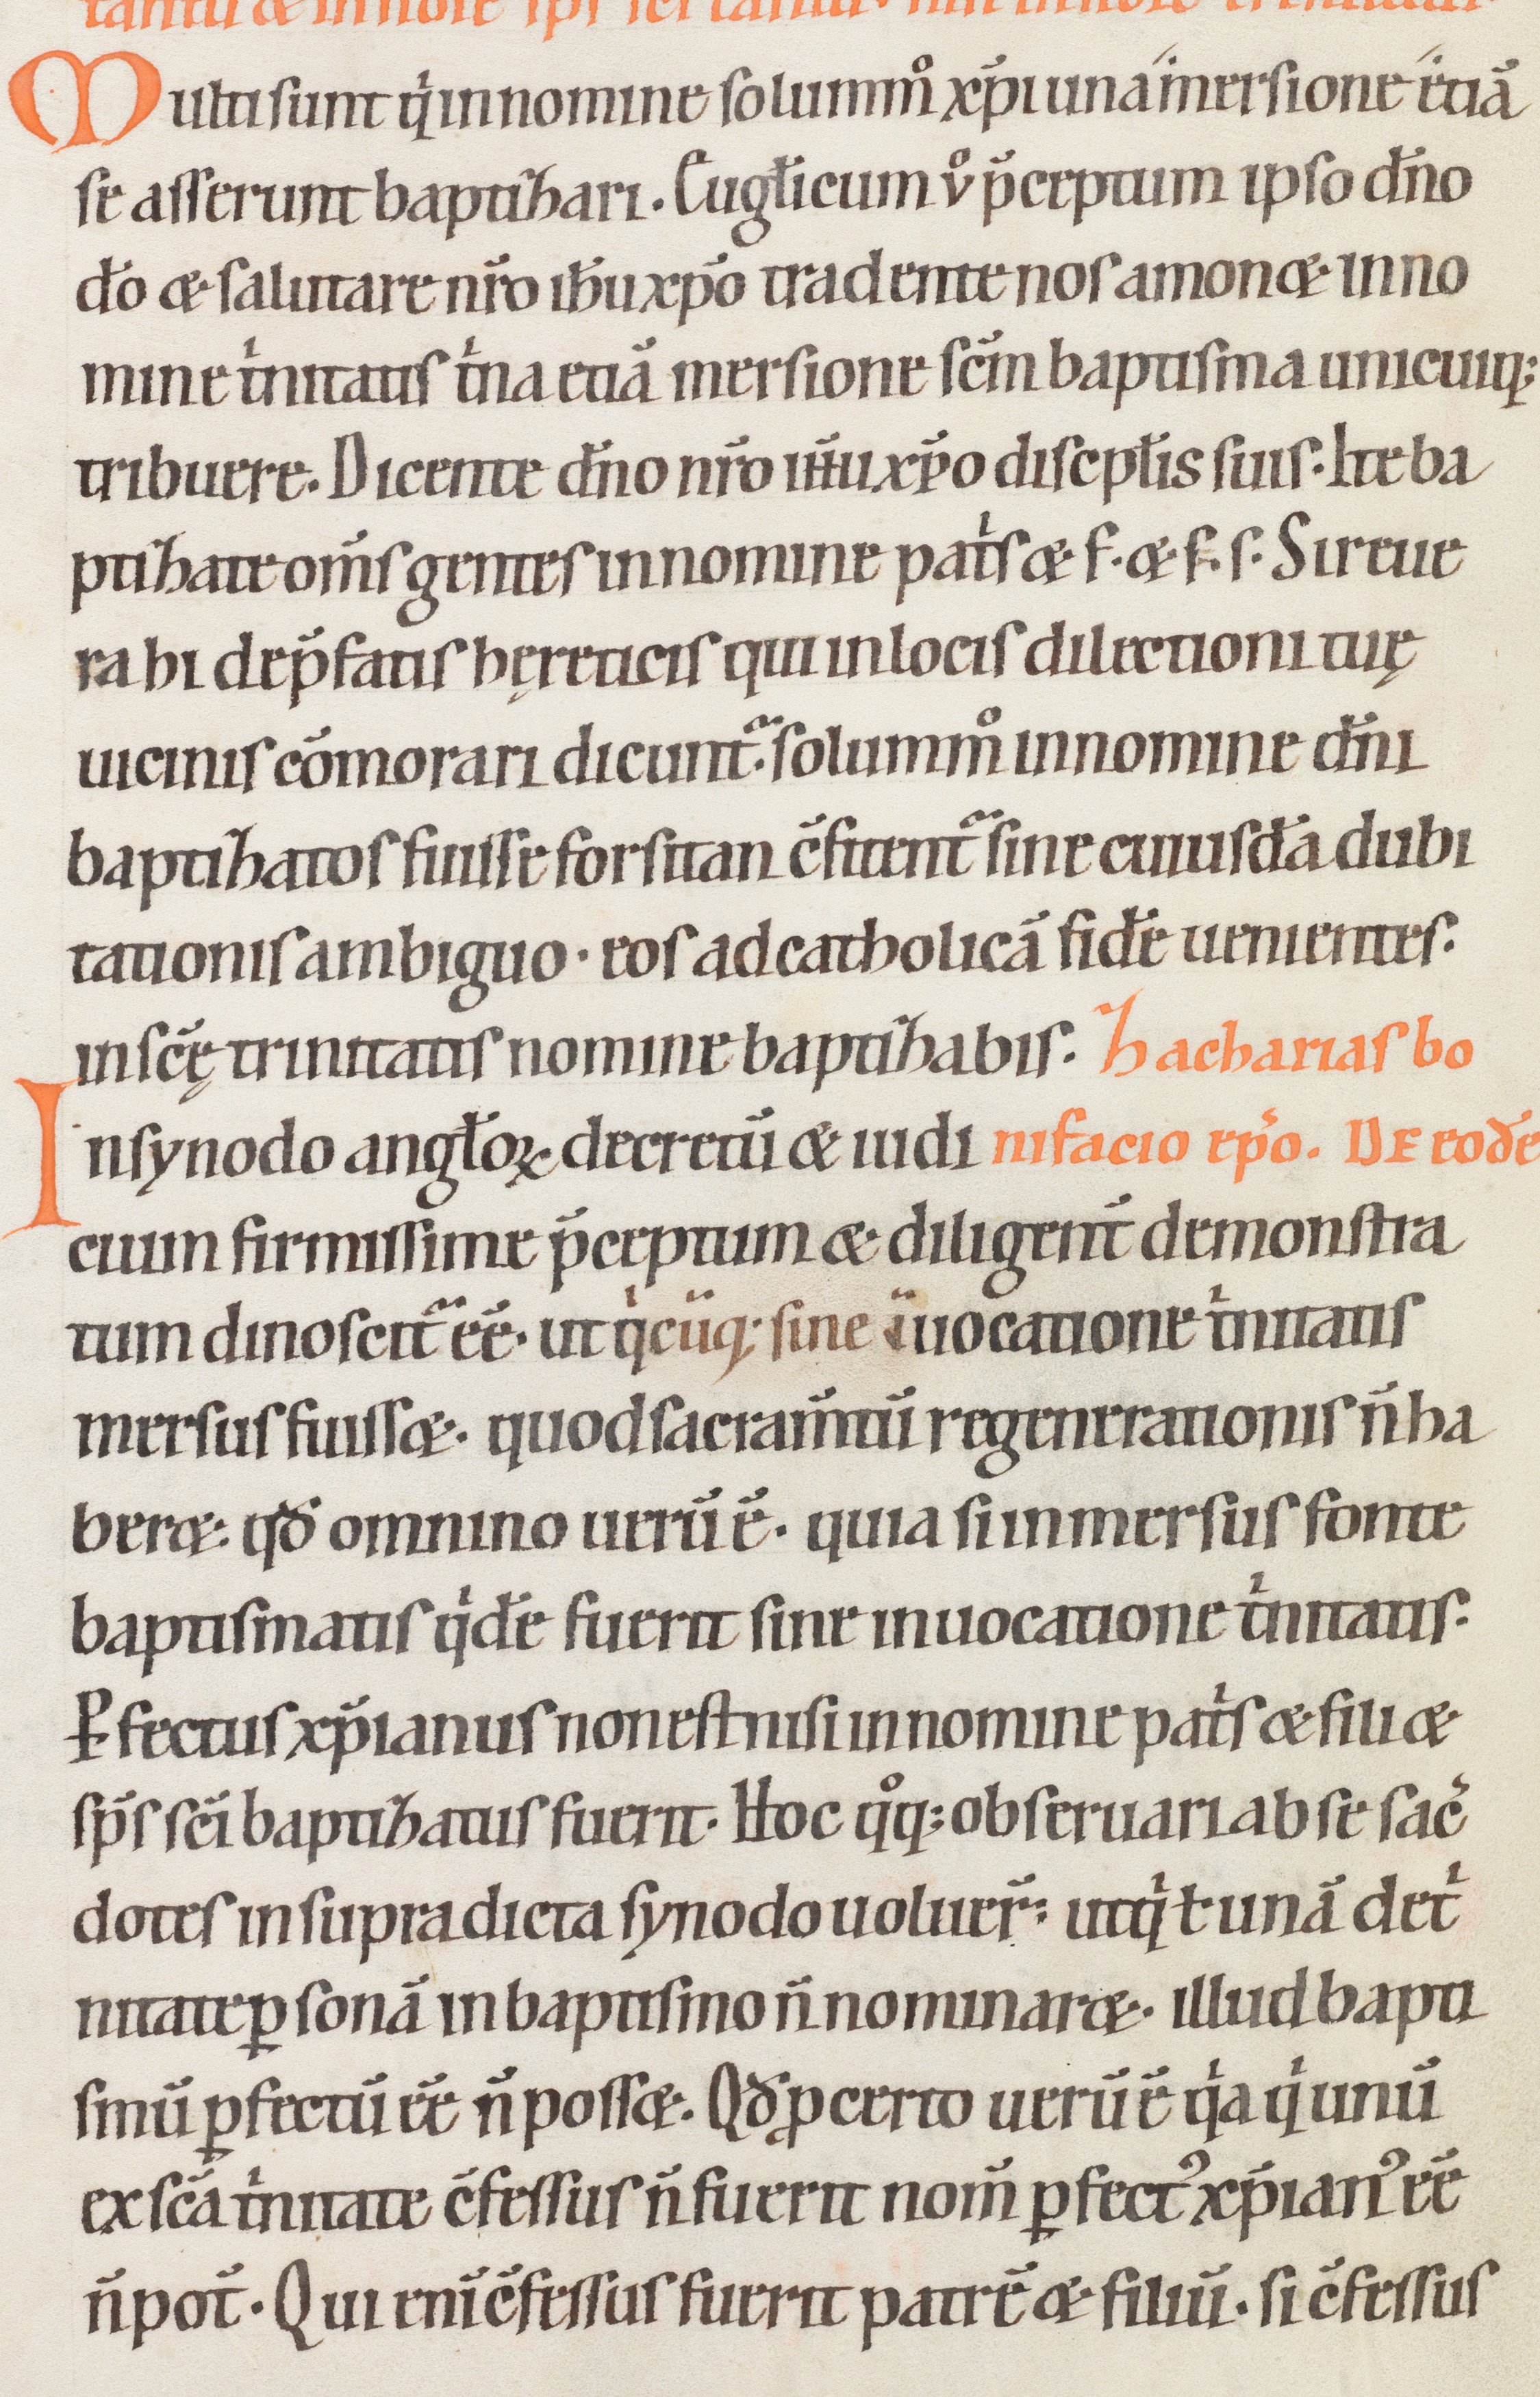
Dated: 1100–1199